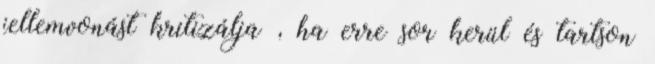
jellemvonást kritizálja , ha erre sor kerül és tartson